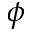
\phi